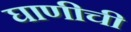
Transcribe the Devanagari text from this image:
घाणीची